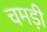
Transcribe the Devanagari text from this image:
चमड़ी